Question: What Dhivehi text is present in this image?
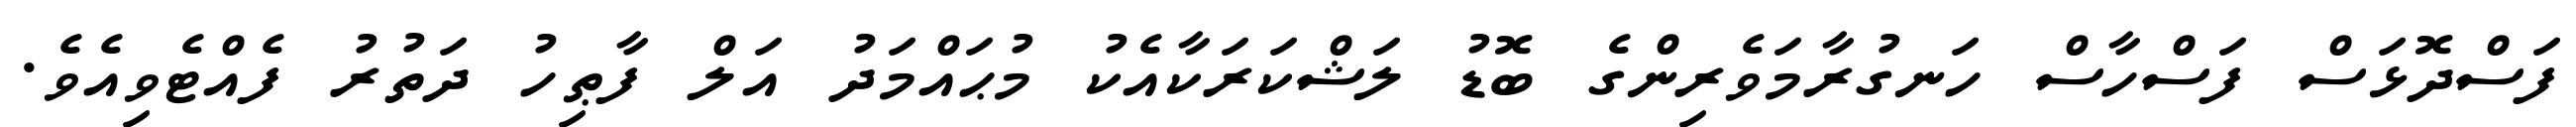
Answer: ފަސްދޮޅަސް ފަސްހާސް ހަނގުރާމަވެރިންގެ ބޮޑު ލަޝްކަރަކާއެކު މުޙައްމަދު އަލް ފާޠިހު ދަތުރު ފެއްޓެވިއެވެ.